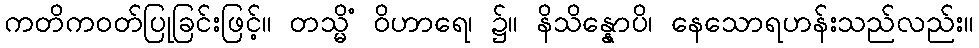
ကတိကဝတ်ပြုခြင်းဖြင့်။ တသ္မိံ ဝိဟာရေ၊ ၌။ နိသိန္နောပိ၊ နေသောရဟန်းသည်လည်း။